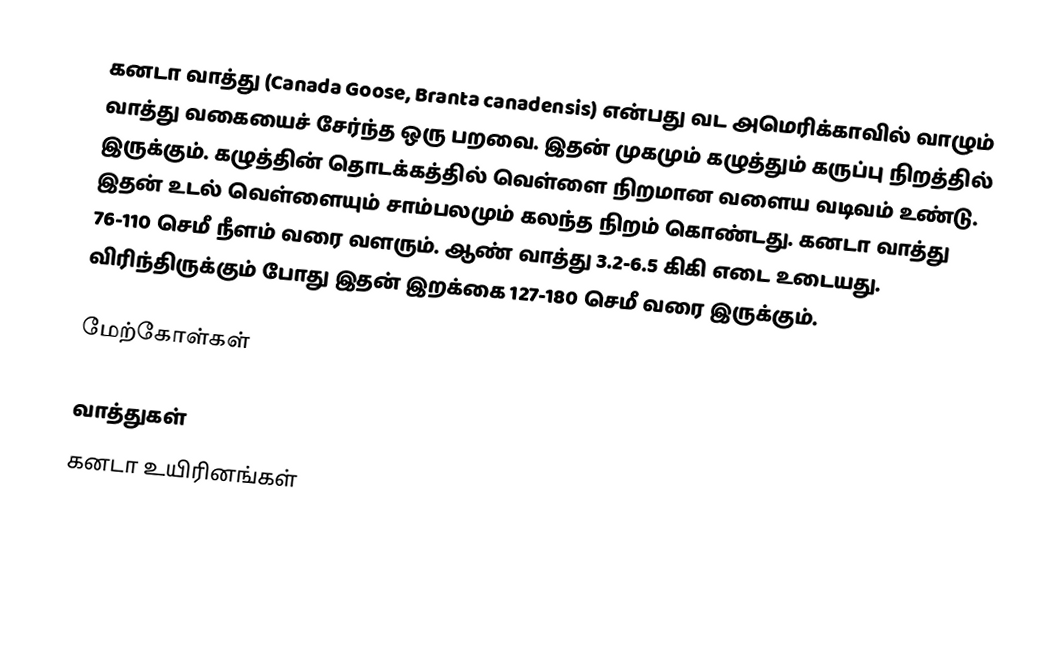
கனடா வாத்து (Canada Goose, Branta canadensis) என்பது வட அமெரிக்காவில் வாழும் வாத்து வகையைச் சேர்ந்த ஒரு பறவை. இதன் முகமும் கழுத்தும் கருப்பு நிறத்தில் இருக்கும். கழுத்தின் தொடக்கத்தில் வெள்ளை நிறமான வளைய வடிவம் உண்டு. இதன் உடல் வெள்ளையும் சாம்பலமும் கலந்த நிறம் கொண்டது. கனடா வாத்து 76-110 செமீ நீளம் வரை வளரும். ஆண் வாத்து 3.2-6.5 கிகி எடை உடையது. விரிந்திருக்கும் போது இதன் இறக்கை 127-180 செமீ வரை இருக்கும்.

மேற்கோள்கள்

வாத்துகள்
கனடா உயிரினங்கள்